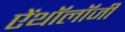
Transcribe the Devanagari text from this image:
ऐंथॉलॉजी